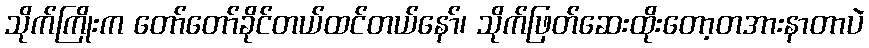
သိုက်ကြိုးက တော်တော်ခိုင်တယ်ထင်တယ်နော်၊ သိုက်ဖြတ်ဆေးထိုးတော့တအားနာတာပဲ